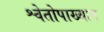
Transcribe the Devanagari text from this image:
श्वेतोपाख्यान